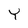
Character: Y